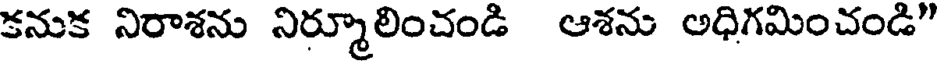
కనుక నిరాశను నిర్మూలించండి ఆశను అధిగమించండి"